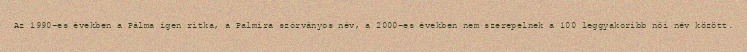
Az 1990-es években a Pálma igen ritka, a Palmira szórványos név, a 2000-es években nem szerepelnek a 100 leggyakoribb női név között.